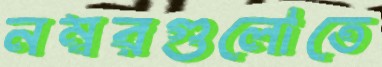
নম্বরগুলোতে